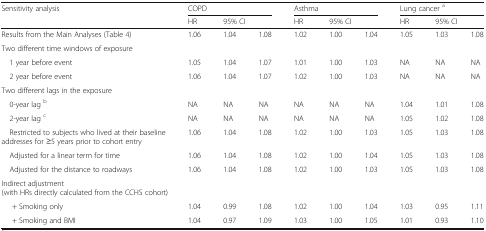
<table><thead><tr><td rowspan="2"><b>Sensitivity analysis</b></td><td colspan="3"><b>COPD</b></td><td colspan="3"><b>Asthma</b></td><td colspan="3"><b>Lung cancer <sup>a</sup></b></td></tr><tr><td><b>HR</b></td><td colspan="2"><b>95% CI</b></td><td><b>HR</b></td><td colspan="2"><b>95% CI</b></td><td><b>HR</b></td><td colspan="2"><b>95% CI</b></td></tr></thead><tbody><tr><td>Results from the Main Analyses (Table 4)</td><td>1.06</td><td>1.04</td><td>1.08</td><td>1.02</td><td>1.00</td><td>1.04</td><td>1.05</td><td>1.03</td><td>1.08</td></tr><tr><td colspan="10">Two different time windows of exposure</td></tr><tr><td> 1 year before event</td><td>1.05</td><td>1.04</td><td>1.07</td><td>1.01</td><td>1.00</td><td>1.03</td><td>NA</td><td>NA</td><td>NA</td></tr><tr><td> 2 year before event</td><td>1.06</td><td>1.04</td><td>1.07</td><td>1.02</td><td>1.00</td><td>1.03</td><td>NA</td><td>NA</td><td>NA</td></tr><tr><td colspan="10">Two different lags in the exposure</td></tr><tr><td> 0-year lag <sup>b</sup></td><td>NA</td><td>NA</td><td>NA</td><td>NA</td><td>NA</td><td>NA</td><td>1.04</td><td>1.01</td><td>1.08</td></tr><tr><td> 2-year lag <sup>c</sup></td><td>NA</td><td>NA</td><td>NA</td><td>NA</td><td>NA</td><td>NA</td><td>1.05</td><td>1.02</td><td>1.08</td></tr><tr><td> Restricted to subjects who lived at their baseline addresses for ≥5 years prior to cohort entry</td><td>1.06</td><td>1.04</td><td>1.08</td><td>1.02</td><td>1.00</td><td>1.03</td><td>1.05</td><td>1.03</td><td>1.08</td></tr><tr><td> Adjusted for a linear term for time</td><td>1.06</td><td>1.04</td><td>1.08</td><td>1.02</td><td>1.00</td><td>1.04</td><td>1.05</td><td>1.03</td><td>1.08</td></tr><tr><td> Adjusted for the distance to roadways</td><td>1.06</td><td>1.04</td><td>1.08</td><td>1.02</td><td>1.00</td><td>1.03</td><td>1.05</td><td>1.03</td><td>1.08</td></tr><tr><td colspan="10">Indirect adjustment (with HRs directly calculated from the CCHS cohort)</td></tr><tr><td>+ Smoking only</td><td>1.04</td><td>0.99</td><td>1.08</td><td>1.02</td><td>1.00</td><td>1.04</td><td>1.03</td><td>0.95</td><td>1.11</td></tr><tr><td>+ Smoking and BMI</td><td>1.04</td><td>0.97</td><td>1.09</td><td>1.03</td><td>1.00</td><td>1.05</td><td>1.01</td><td>0.93</td><td>1.10</td></tr></tbody></table>